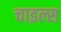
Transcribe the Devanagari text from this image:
चाइल्स